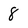
Character: 8